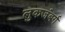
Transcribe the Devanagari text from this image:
लुकजंबर्ग